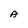
Character: A